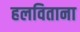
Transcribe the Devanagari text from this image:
हलविताना